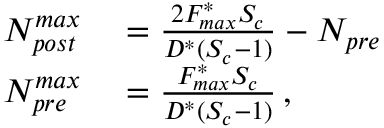
\begin{array} { r l } { N _ { p o s t } ^ { m a x } } & { { } = \frac { 2 F _ { m a x } ^ { * } S _ { c } } { D ^ { * } ( S _ { c } - 1 ) } - N _ { p r e } } \\ { N _ { p r e } ^ { m a x } } & { { } = \frac { F _ { m a x } ^ { * } S _ { c } } { D ^ { * } ( S _ { c } - 1 ) } \, , } \end{array}